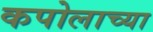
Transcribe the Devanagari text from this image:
कपोलाच्या